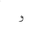
Letter: _waw